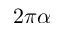
2 \pi \alpha